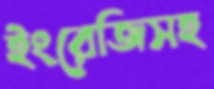
ইংরেজিসহ